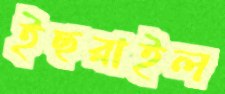
ইছরাইল